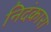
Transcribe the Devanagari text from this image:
निदंकारा